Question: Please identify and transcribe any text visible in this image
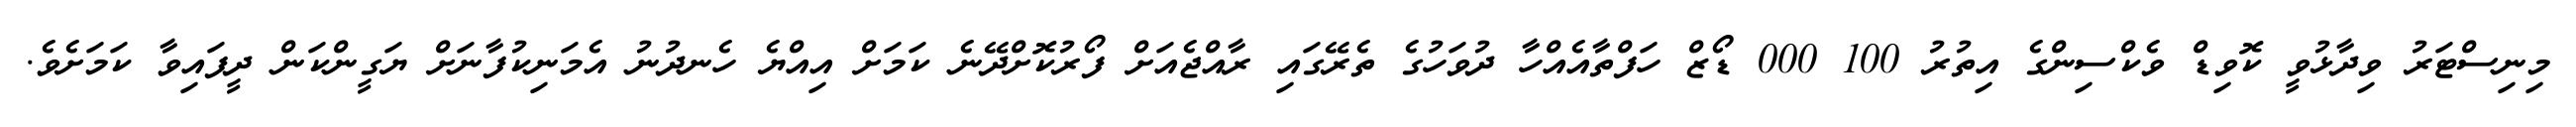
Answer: މިނިސްޓަރު ވިދާޅުވީ ކޮވިޑް ވެކްސިންގެ އިތުރު 100 000 ޑޯޒް ހަފްތާއެއްހާ ދުވަހުގެ ތެރޭގައި ރާއްޖެއަށް ފޯރުކޮށްދޭނެ ކަމަށް އިއްޔެ ހެނދުނު އެމަނިކުފާނަށް ޔަގީންކަން ދީފައިވާ ކަމަށެވެ.